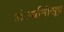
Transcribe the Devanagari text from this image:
अंतर्यामीसूत्र